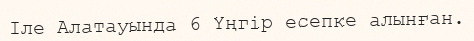
Іле Алатауында 6 Үңгір есепке алынған.